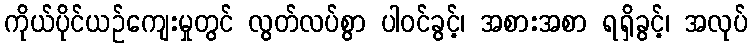
ကိုယ်ပိုင်ယဉ်ကျေးမှုတွင် လွတ်လပ်စွာ ပါဝင်ခွင့်၊ အစားအစာ ရရှိခွင့်၊ အလုပ်